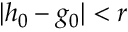
| h _ { 0 } - g _ { 0 } | < r